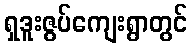
ရှဒူးဇွပ်ကျေးရွာတွင်